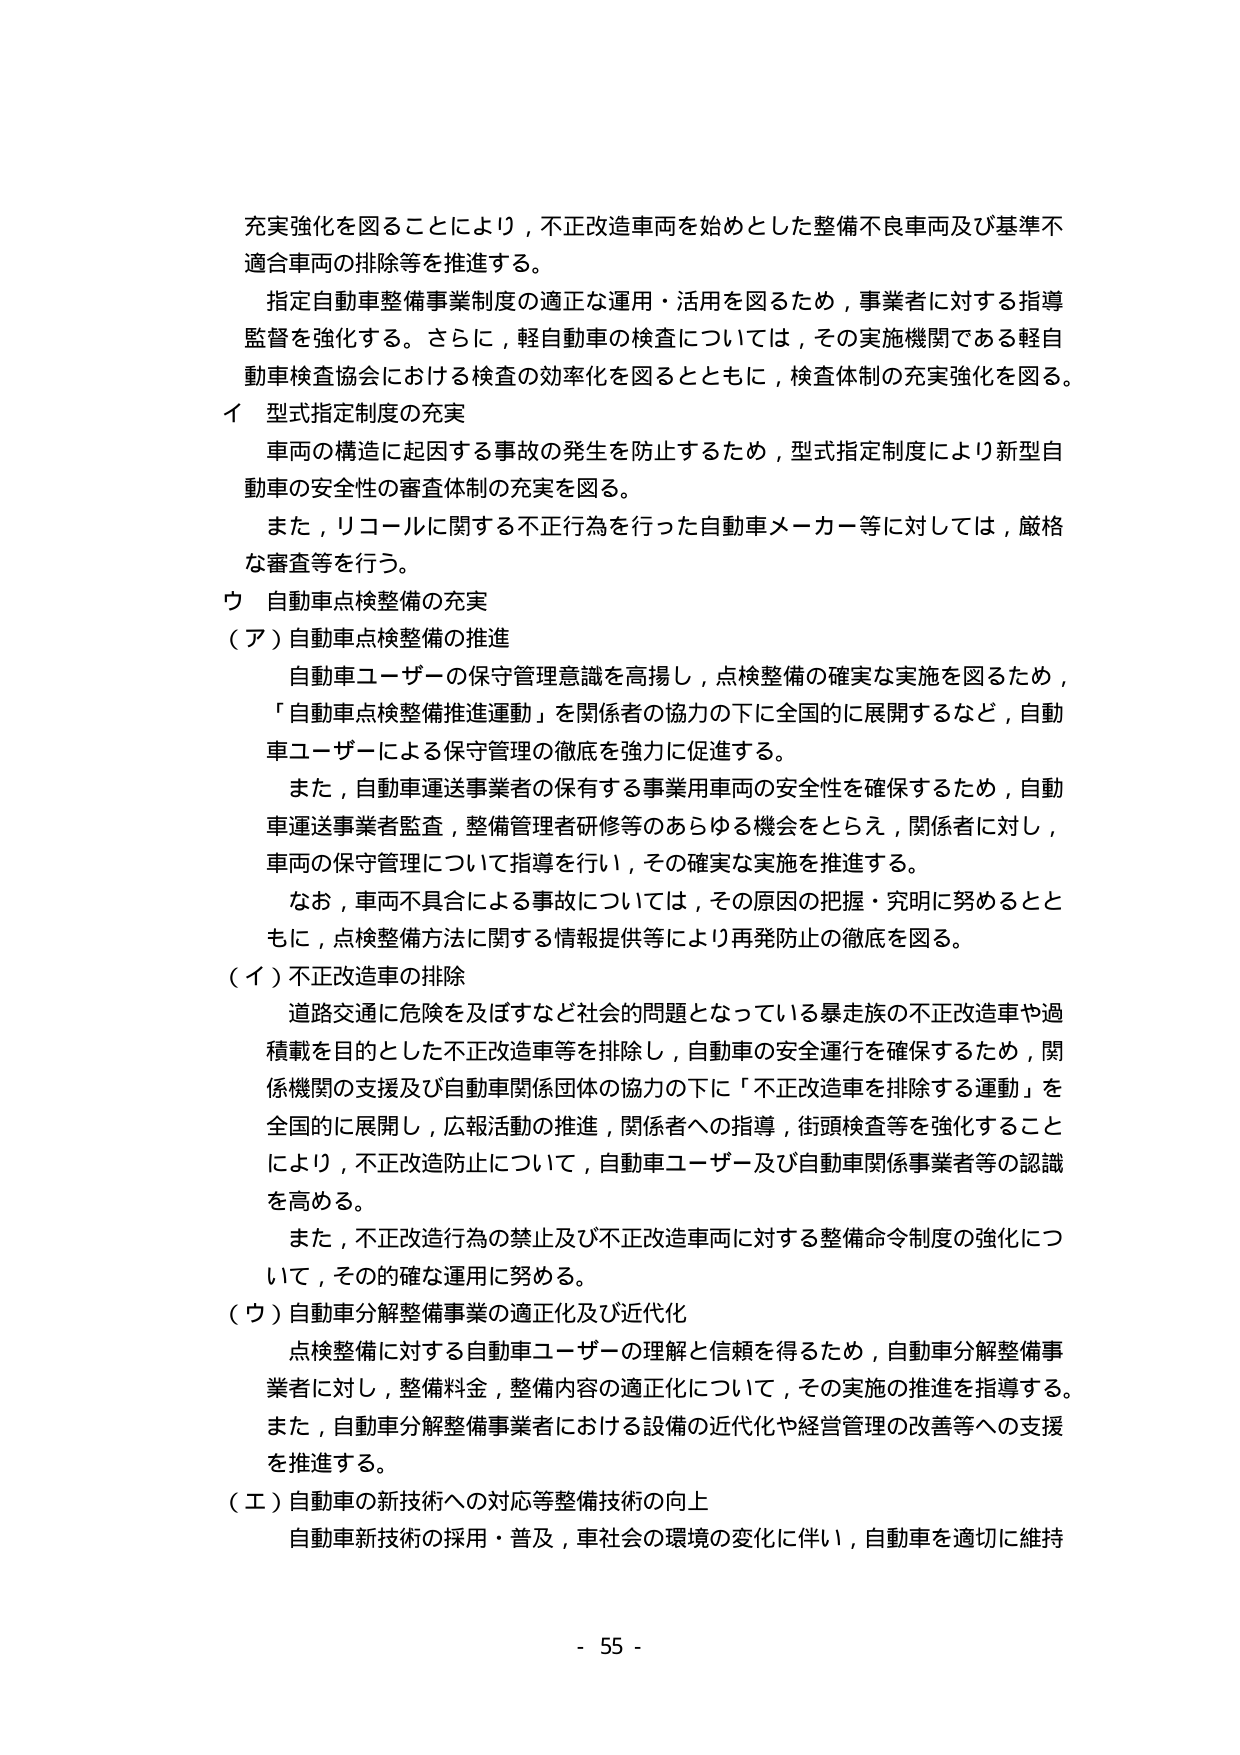
充実強化を図ることにより，不正改造車両を始めとした整備不良車両及び基準不適合車両の排除等を推進する。

指定自動車整備事業制度の適正な運用・活用を図るため，事業者に対する指導監督を強化する。さらに，軽自動車の検査については，その実施機関である軽自動車検査協会における検査の効率化を図るとともに，検査体制の充実強化を図る。

イ 型式指定制度の充実

車両の構造に起因する事故の発生を防止するため，型式指定制度により新型自動車の安全性の審査体制の充実を図る。

また，リコールに関する不正行為を行った自動車メーカー等に対しては，厳格な審査等を行う。

ウ 自動車点検整備の充実

（ア）自動車点検整備の推進

自動車ユーザーの保守管理意識を高揚し，点検整備の確実な実施を図るため，「自動車点検整備推進運動」を関係者の協力の下に全国的に展開するなど，自動車ユーザーによる保守管理の徹底を強力に促進する。

また，自動車運送事業者の保有する事業用車両の安全性を確保するため，自動車運送事業者監査，整備管理者研修等のあらゆる機会をとらえ，関係者に対し，車両の保守管理について指導を行い，その確実な実施を推進する。

なお，車両不具合による事故については，その原因の把握・究明に努めるとともに，点検整備方法に関する情報提供等により再発防止の徹底を図る。

（イ）不正改造車の排除

道路交通に危険を及ぼすなど社会的問題となっている暴走族の不正改造車や過積載を目的とした不正改造車等を排除し，自動車の安全運行を確保するため，関係機関の支援及び自動車関係団体の協力の下に「不正改造車を排除する運動」を全国的に展開し，広報活動の推進，関係者への指導，街頭検査等を強化することにより，不正改造防止について，自動車ユーザー及び自動車関係事業者等の認識を高める。

また，不正改造行為の禁止及び不正改造車両に対する整備命令制度の強化について，その確実な運用に努める。

（ウ）自動車分解整備事業の適正化及び近代化

点検整備に対する自動車ユーザーの理解と信頼を得るため，自動車分解整備事業者に対し，整備料金，整備内容の適正化について，その実施の推進を指導する。また，自動車分解整備事業者における設備の近代化や経営管理の改善等への支援を推進する。

（エ）自動車の新技術への対応等整備技術の向上

自動車新技術の採用・普及，車社会の環境の変化に伴い，自動車を適切に維持

- 55 -